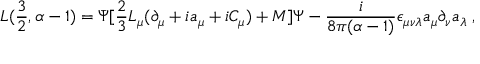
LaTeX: { \cal L } ( \frac { 3 } { 2 } , \alpha - 1 ) = \bar { \Psi } [ \frac { 2 } { 3 } L _ { \mu } ( \partial _ { \mu } + i a _ { \mu } + i C _ { \mu } ) + M ] \Psi - \frac { i } { 8 \pi ( \alpha - 1 ) } \epsilon _ { \mu \nu \lambda } a _ { \mu } \partial _ { \nu } a _ { \lambda } \; ,